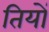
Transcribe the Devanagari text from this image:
तियों